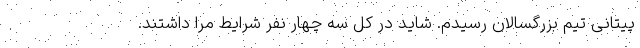
پیتانی تیم بزرگسالان رسیدم. شاید در کل سه چهار نفر شرایط مرا داشتند.